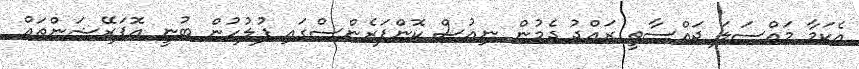
އެކަމާ މައްސަލަ ޖައްސާތީ ރައްދު ދެމުން ނިއުސް ކޮންފަރެންސްގައި ފުލުހުން ބުނީ އޮޕަރޭޝަންތައް